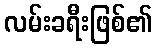
လမ်းခရီးဖြစ်၏